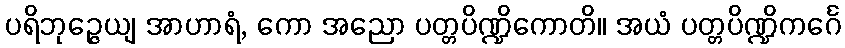
ပရိဘုဉ္ဇေယျ အာဟာရံ, ကော အညော ပတ္တပိဏ္ဍိကောတိ။ အယံ ပတ္တပိဏ္ဍိကင်္ဂေ